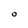
Character: O